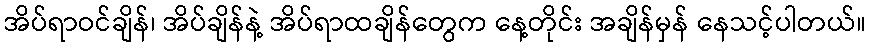
အိပ်ရာဝင်ချိန်၊ အိပ်ချိန်နဲ့ အိပ်ရာထချိန်တွေက နေ့တိုင်း အချိန်မှန် နေသင့်ပါတယ်။